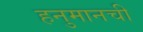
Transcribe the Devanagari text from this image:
हनुमानची